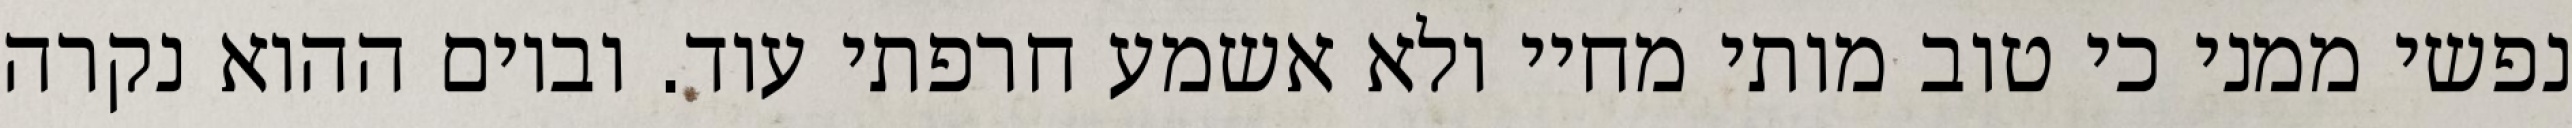
נפשי ממני כי טוב מותי מחיי ולא אשמע חרפתי עוד. וביום ההוא נקרה